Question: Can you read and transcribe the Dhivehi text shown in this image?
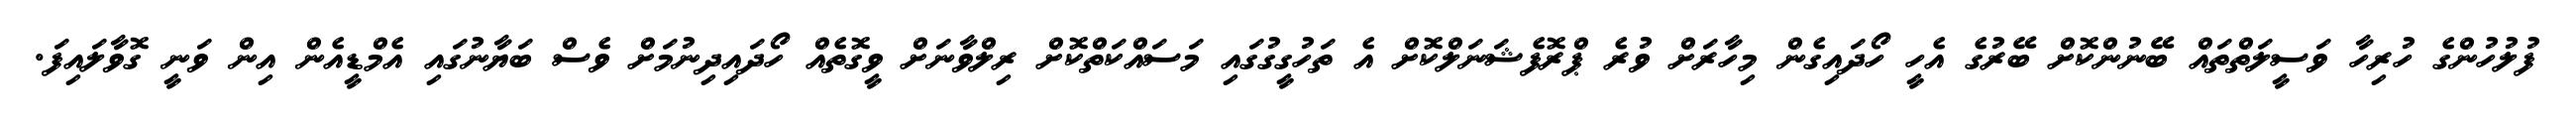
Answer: ފުލުހުންގެ ހުރިހާ ވަސީލަތްތައް ބޭނުންކޮށް ބޭރުގެ އެހީ ހޯދައިގެން މިހާރަށް ވުރެ ޕްރޮފެޝަނަލްކޮށް އެ ތަހުގީގުގައި މަސައްކަތްކޮށް ރިލްވާނަށް ވީގޮތެއް ހޯދައިދިނުމަށް ވެސް ބަޔާނުގައި އެމްޑީއެން އިން ވަނީ ގޮވާލައިފަ.